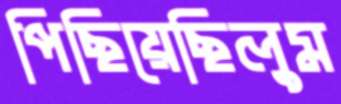
পিছিয়েছিলুম